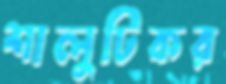
শালুটিকর